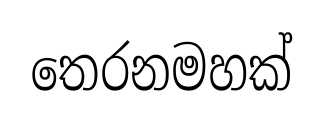
තෙරනමහක්